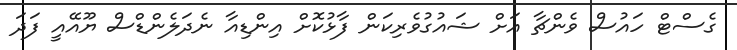
ގެސްޓް ހައުސް ވެންޗާ އަށް ޝައުގުވެރިކަން ފާޅުކޮށް އިންޑިއާ ނެދަލެންޑްސް ޔޫއޭއީ ފަދަ